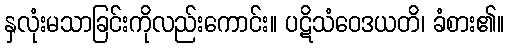
နှလုံးမသာခြင်းကိုလည်းကောင်း။ ပဋိသံဝေဒယတိ၊ ခံစား၏။